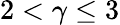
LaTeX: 2<\gamma\leq 3